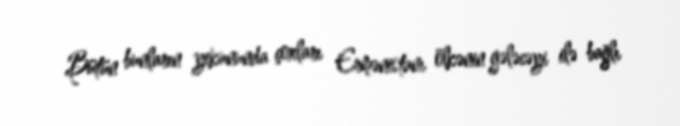
Bütün bunların yekununda çoxları Ermənistanı ölkənin gələcəyi ilə bağlı